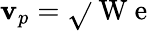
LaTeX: \mathbf{v}_{p}=\sqrt{}{{\mathrm{{~W~e~}}}}